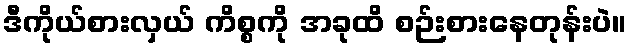
ဒီကိုယ်စားလှယ် ကိစ္စကို အခုထိ စဉ်းစားနေတုန်းပဲ။